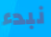
نبدء